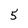
Character: 5